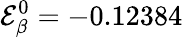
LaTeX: \mathcal{E}_{\beta}^{0}=-0.12384